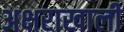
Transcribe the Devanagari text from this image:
अक्षराखाली